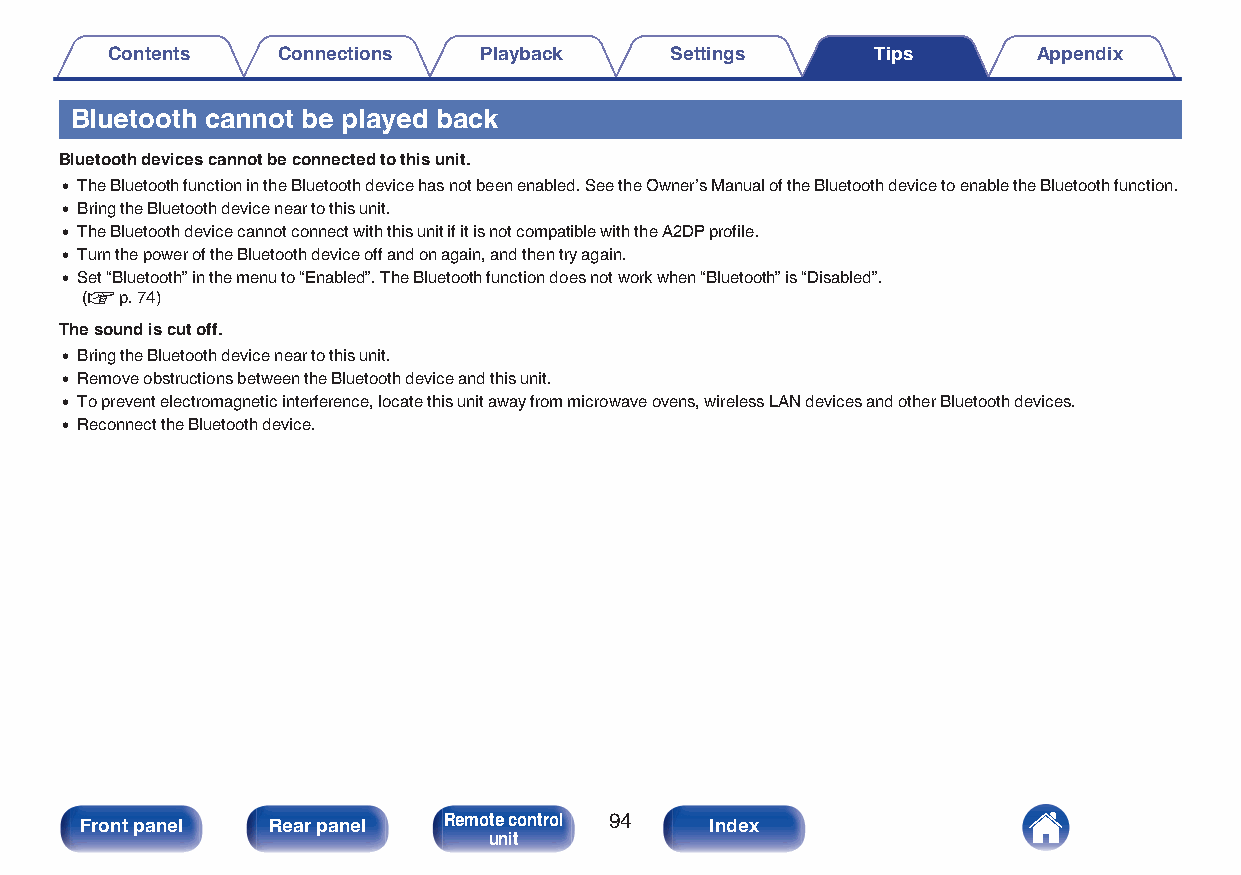
Contents   Connections   Playback    Settings      Tips       Appendix
 Bluetooth cannot be played back
 Bluetooth devices cannot be connected to this unit.
 0 The Bluetooth function in the Bluetooth device has not been enabled. See the Owner’s Manual of the Bluetooth device to enable the Bluetooth function.
 0 Bring the Bluetooth device near to this unit.
 0 The Bluetooth device cannot connect with this unit if it is not compatible with the A2DP profile.
 0 Turn the power of the Bluetooth device off and on again, and then try again.
 0 Set “Bluetooth” in the menu to “Enabled”. The Bluetooth function does not work when “Bluetooth” is “Disabled”.
 (v p. 74)
 The sound is cut off.
 0 Bring the Bluetooth device near to this unit.
 0 Remove obstructions between the Bluetooth device and this unit.
 0 To prevent electromagnetic interference, locate this unit away from microwave ovens, wireless LAN devices and other Bluetooth devices.
 0 Reconnect the Bluetooth device.
 Front panel  Rear panel Remote control 94 Index
 unit